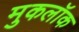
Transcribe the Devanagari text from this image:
मुकलॉक